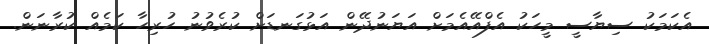
އެކަމަކު ސިޔާސީ މީހަކު އެފްއޭއެމަށް އަޔަނުދޭން އަޅުގަނޑަށް ކުރެވުނު ހުރިހާ ކަމެއް ކުރާނަން.